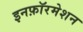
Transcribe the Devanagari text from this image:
इनफ़ॉरमेशन